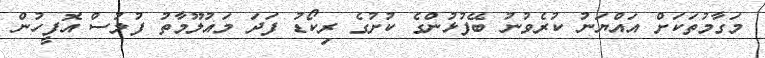
މަގާމުތަކަށް އައްޔަނު ކުރެވުނު ބޭފުޅުންގެ ކުށުގެ ރިކޯޑު ފަދަ މައުލޫމާތު ފުލުސް އޮފީހުން